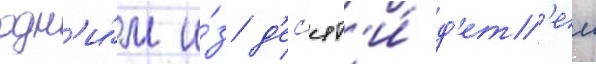
одн'и́м и́з д'ес'ят'и́ д'ет'еи